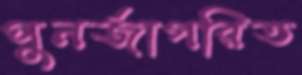
পুনর্জাগরিত